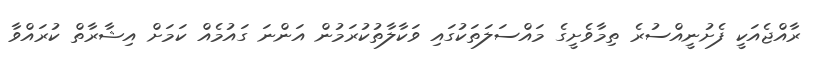
ރާއްޖެއަކީ ފެށުނީއްސުރެ ތިމާވެށީގެ މައްސަލަތަކުގައި ވަކާލާތުކުރަމުން އަންނަ ގައުމެއް ކަމަށް އިޝާރާތް ކުރައްވާ